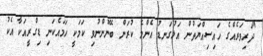
"ދަރިވަރެއްގެ ހައިސިއްޔަތުން އަޅުގަނޑު އެންމެ ކުރަން ބޭނުންނުވި ކަމަކީ ހަމައެކަނި ޑިގްރީއަކާ އެކު